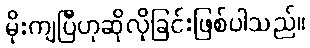
မိုးကျပြီဟုဆိုလိုခြင်းဖြစ်ပါသည်။